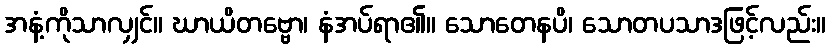
အနံ့ကိုသာလျှင်။ ဃာယိတဗ္ဗော၊ နံအပ်ရာ၏။ သောတေနပိ၊ သောတပသာဒဖြင့်လည်း။